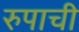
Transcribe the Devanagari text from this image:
रुपाची